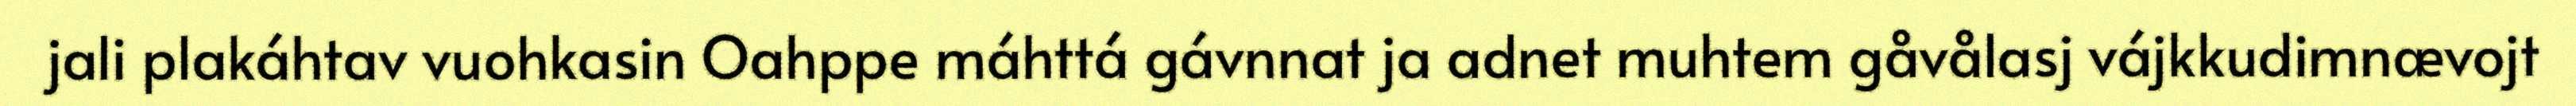
jali plakáhtav vuohkasin Oahppe máhttá gávnnat ja adnet muhtem gåvålasj vájkkudimnævojt